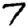
Digit: 7